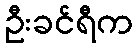
ဦးခင်ရီက